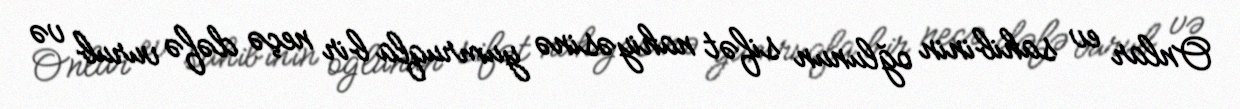
Onlar ev sahibinin oğlunun sifət nahiyəsinə yumruqla bir neçə dəfə vurub və